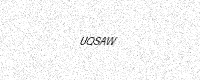
Text: UQSAW